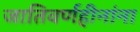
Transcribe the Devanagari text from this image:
जातिवर्णहीनांना